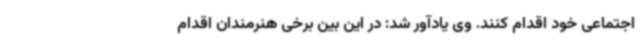
اجتماعی خود اقدام کنند. وی یادآور شد: در این بین برخی هنرمندان اقدام